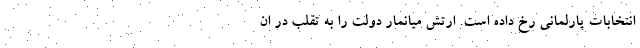
انتخابات پارلمانی رخ داده است. ارتش میانمار دولت را به تقلب در ان